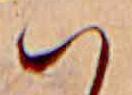
ハ